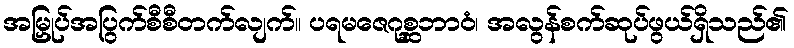
အမြှုပ်အပြွက်စီစီတက်လျက်။ ပရမဇေဂုစ္ဆဘာဝံ၊ အလွန်စက်ဆုပ်ဖွယ်ရှိသည်၏